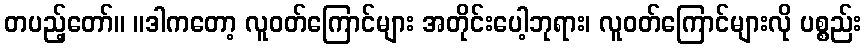
တပည့်တော်။ ။ဒါကတော့ လူဝတ်ကြောင်များ အတိုင်းပေါ့ဘုရား၊ လူဝတ်ကြောင်များလို ပစ္စည်း